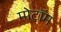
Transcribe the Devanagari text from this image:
मोटॉम